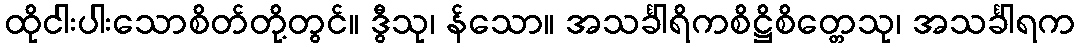
ထိုငါးပါးသောစိတ်တို့တွင်။ ဒွီသု၊ န်သော။ အသင်္ခါရိကစိဋ္ဌိစိတ္တေသု၊ အသင်္ခါရက